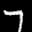
Label: 7